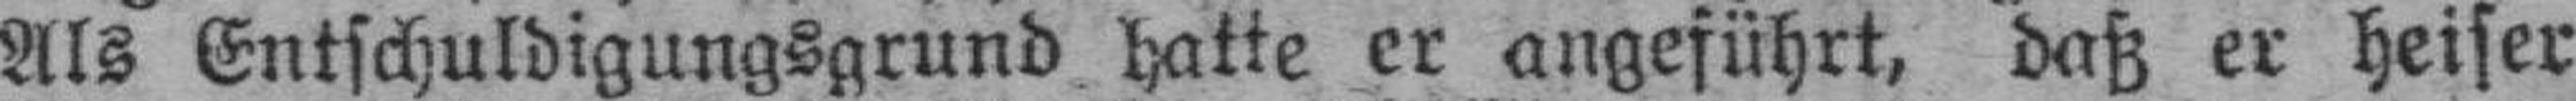
Als Entschuldigungsgrund hatte er angeführt, daß er heiser